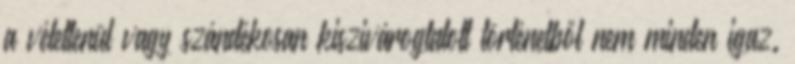
a véletlenül vagy szándékosan kiszivárogtatott történetből nem minden igaz.